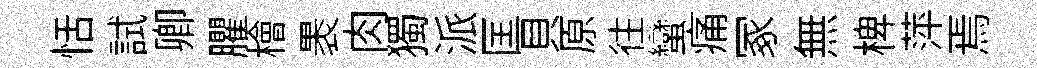
恬試卿臞檜褁肉獨派匡貝原往蠻痛冢無椑萍焉